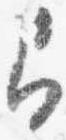
即